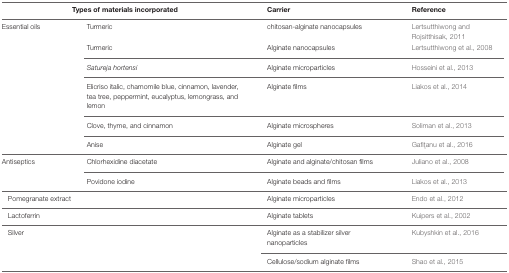
<table><thead><tr><td></td><td><b>Types of materials incorporated</b></td><td><b>Carrier</b></td><td><b>Reference</b></td></tr></thead><tbody><tr><td>Essential oils</td><td>Turmeric</td><td>chitosan-alginate nanocapsules</td><td>Lertsutthiwong and Rojsitthisak, 2011</td></tr><tr><td></td><td>Turmeric</td><td>Alginate nanocapsules</td><td>Lertsutthiwong et al., 2008</td></tr><tr><td></td><td><i>Satureja hortensi</i></td><td>Alginate microparticles</td><td>Hosseini et al., 2013</td></tr><tr><td></td><td>Elicriso italic, chamomile blue, cinnamon, lavender, tea tree, peppermint, eucalyptus, lemongrass, and lemon</td><td>Alginate films</td><td>Liakos et al., 2014</td></tr><tr><td></td><td>Clove, thyme, and cinnamon</td><td>Alginate microspheres</td><td>Soliman et al., 2013</td></tr><tr><td></td><td>Anise</td><td>Alginate gel</td><td>Gafiţanu et al., 2016</td></tr><tr><td>Antiseptics</td><td>Chlorhexidine diacetate</td><td>Alginate and alginate/chitosan films</td><td>Juliano et al., 2008</td></tr><tr><td></td><td>Povidone iodine</td><td>Alginate beads and films</td><td>Liakos et al., 2013</td></tr><tr><td colspan="2">Pomegranate extract</td><td>Alginate microparticles</td><td>Endo et al., 2012</td></tr><tr><td colspan="2">Lactoferrin</td><td>Alginate tablets</td><td>Kuipers et al., 2002</td></tr><tr><td colspan="2">Silver</td><td>Alginate as a stabilizer silver nanoparticles</td><td>Kubyshkin et al., 2016</td></tr><tr><td colspan="2"></td><td>Cellulose/sodium alginate films</td><td>Shao et al., 2015</td></tr></tbody></table>